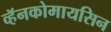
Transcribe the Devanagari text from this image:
व्हॅनकोमायसिन